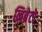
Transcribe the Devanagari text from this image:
लिब्रेटो